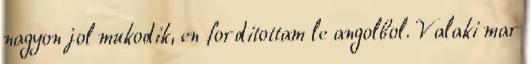
nagyon jol mukodik, en forditottam le angolbol. Valaki mar